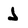
Character: J